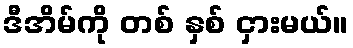
ဒီအိမ်ကို တစ် နှစ် ငှားမယ်။